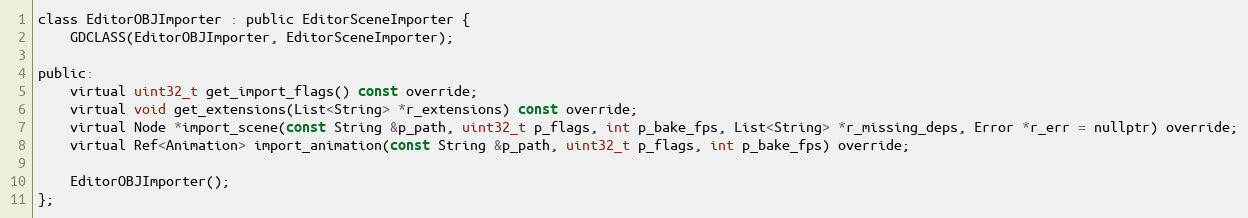
Language: C
class EditorOBJImporter : public EditorSceneImporter {
	GDCLASS(EditorOBJImporter, EditorSceneImporter);

public:
	virtual uint32_t get_import_flags() const override;
	virtual void get_extensions(List<String> *r_extensions) const override;
	virtual Node *import_scene(const String &p_path, uint32_t p_flags, int p_bake_fps, List<String> *r_missing_deps, Error *r_err = nullptr) override;
	virtual Ref<Animation> import_animation(const String &p_path, uint32_t p_flags, int p_bake_fps) override;

	EditorOBJImporter();
};